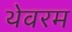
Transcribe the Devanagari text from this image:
थेवरम